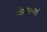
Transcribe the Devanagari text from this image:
चैत्यालयों